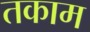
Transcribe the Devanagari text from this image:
तकाम